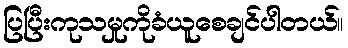
ပြပြီးကုသမှုကိုခံယူစေချင်ပါတယ်။